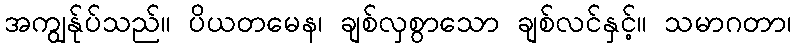
အကျွန်ုပ်သည်။ ပိယတမေန၊ ချစ်လှစွာသော ချစ်လင်နှင့်။ သမာဂတာ၊